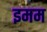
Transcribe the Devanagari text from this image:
इमम